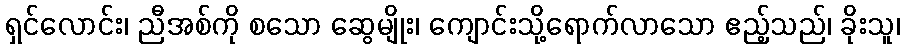
ရှင်လောင်း၊ ညီအစ်ကို စသော ဆွေမျိုး၊ ကျောင်းသို့ရောက်လာသော ဧည့်သည်၊ ခိုးသူ၊